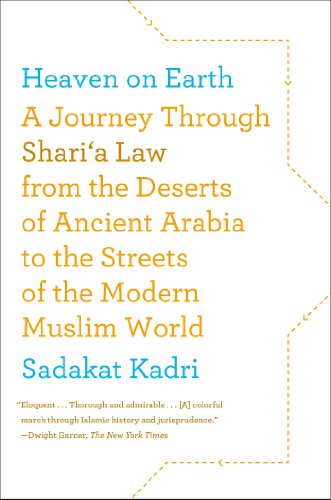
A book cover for Heaven on Earth: A Journey Through Shari'a Law from the Deserts of Ancient Arabia to the Streets of the Modern Muslim World; Sadakat Kadri; Religion & Spirituality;